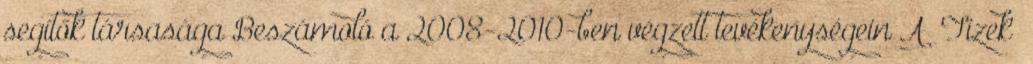
segítők társasága Beszámoló a 2008-2010-ben végzett tevékenységein A „Tizek”